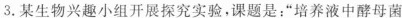
3.某生物兴趣小组开展探究实验，课题是：”培养液中酵母菌